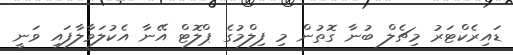
ޑައިރެކްޓަރު މިޗެލް ބުނާ ގޮތުން މި ފިލްމުގެ ޕްލޮޓް އޭނާ އެކުލަވާލާފައި ވަނީ